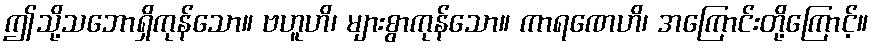
ဤသို့သဘောရှိကုန်သော။ ဗဟူဟိ၊ များစွာကုန်သော။ ကာရဏေဟိ၊ အကြောင်းတို့ကြောင့်။